Calcutta medical institutions reports 1879-81 [i.e.91]
Year: 1879
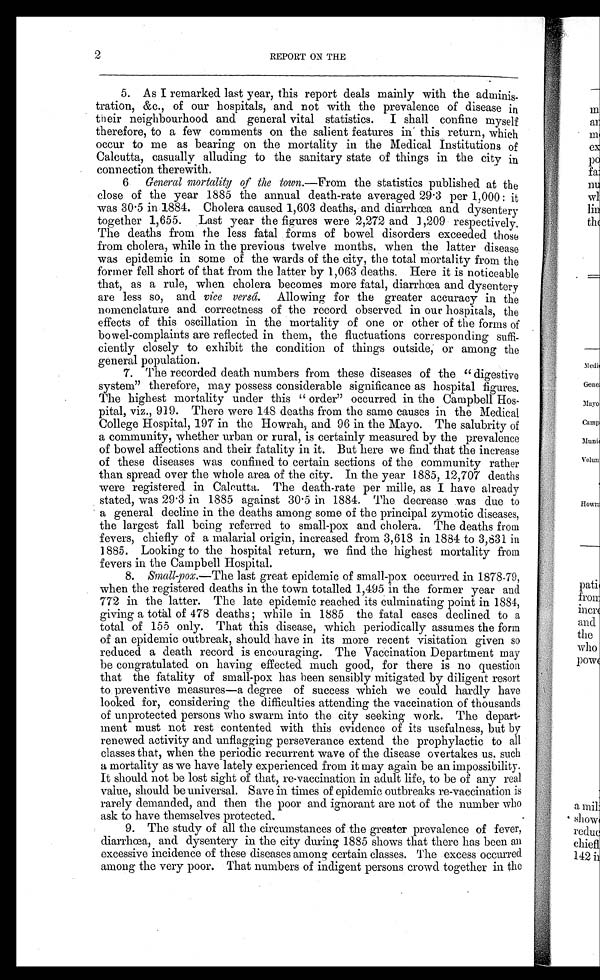
2
REPORT ON THE
5. As I remarked last year, this report deals mainly with the adminis-
tration, &c., of our hospitals, and not with the prevalence of disease in
their neighbourhood and general vital statistics. I shall confine myself
therefore, to a few comments on the salient features in this return, which
occur to me as bearing on the mortality in the Medical Institutions of
Calcutta, casually alluding to the sanitary state of things in the city in
connection therewith.
6 General mortality of the town.—From the statistics published at the
close of the year 1885 the annual death-rate averaged 29.3 per 1,000: it
was 30.5 in 1884. Cholera caused 1,603 deaths, and diar rhœa and dysentery
together 1,655. Last year the figures were 2,272 and 1,209 respectively.
The deaths from the less fatal forms of bowel disorders exceeded those
from cholera, while in the previous twelve months, when the latter disease
was epidemic in some of the wards of the city, the total mortality from the
former fell short of that from the latter by 1,063 deaths. Here it is noticeable
that, as a rule, when cholera becomes more fatal, diarrhœa and dysentery
are less so, and vice versâ. Allowing for the greater accuracy in the
nomenclature and correctness of the record observed in our hospitals, the
effects of this oscillation in the mortality of one or other of the forms of
bowel-complaints are reflected in them, the fluctuations corresponding suffi-
ciently closely to exhibit the condition of things outside, or among the
general population.
7. The recorded death numbers from these diseases of the “digestive
system” therefore, may possess considerable significance as hospital figures.
The highest mortality under this “order” occurred in the Campbell Hos-
pital, viz., 919. There were 148 deaths from the same causes in the Medical
College Hospital, 197 in the Howrah, and 96 in the Mayo. The salubrity of
a community, whether urban or rural, is certainly measured by the prevalence
of bowel affections and their fatality in it. But here we find that the increase
of these diseases was confined to certain sections of the community rather
than spread over the whole area of the city. In the year 1885, 12,707 deaths
were registered in Calcutta. The death-rate per mille, as I have already
s t a t e d , w a s 2 9 . 3 i n 1 8 8 5 a g a i n s t 3 0 . 5 i n 1 8 8 4 . T h e d e c r e a s e w a s d u e t o
a general decline in the deaths among some of the principal zymotic diseases,
the largest fall being referred to small-pox and cholera. The deaths from
fevers, chiefly of a malarial origin, increased from 3,618 in 1884 to 3,831 in
1885. Looking to the hospital return, we find the highest mortality from
fevers in the Campbell Hospital.
8. Small-pox.—T h e
l a s t g r e a t e p i d e m i c o f s m a l l - p o x o c c u r r e d i n 1 8 7 8 - 7 9 ,
when the registered deaths in the town totalled 1,495 in the former year and
772 in the latter. The late epidemic reached its culminating point in 1884,
giving a total of 478 deaths; while in 1885 the fatal cases declined to a
total of 155 only. That this disease, which periodically assumes the form
of an epidemic outbreak, should have in its more recent visitation given so
reduced a death record is encouraging. The Vaccination Department may
be congratulated on having effected much good, for there is no question
that the fatality of small-pox has been sensibly mitigated by diligent resort
to preventive measures—a degree of success which we could hardly have
looked for, considering the difficulties attending the vaccination of thousands
of unprotected persons who swarm into the city seeking work. The depart--
ment must not rest contented with this evidence of its usefulness, but by
renewed activity and unflagging perseverance extend the prophylactic to all
classes that, when the periodic recurrent wave of the disease overtakes us. such
a mortality as we have lately experienced from it may again be an impossibility.
It should not be lost sight of that, re-vaccination in adult life, to be of any real
value, should be universal. Save in times of epidemic outbreaks re-vaccination is
rarely demanded, and then the poor and ignorant are not of the number who
ask to have themselves protected.
9. The study of all the circumstances of the greater prevalence of fever,
diarrhœa, and dysentery in the city during 1885 shows that there has been an
excessive incidence of these diseases among certain classes. The excess occurred
among the very poor. That numbers of indigent persons crowd together in the